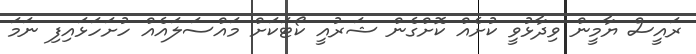
ރައީސް ޔާމީން ވިދާޅުވީ ކުށެއް ކޮށްގެން ޝަރުއީ ކޯޓަކަށް މައްސަލައެއް ހުށަހަޅައިފި ނަމަ